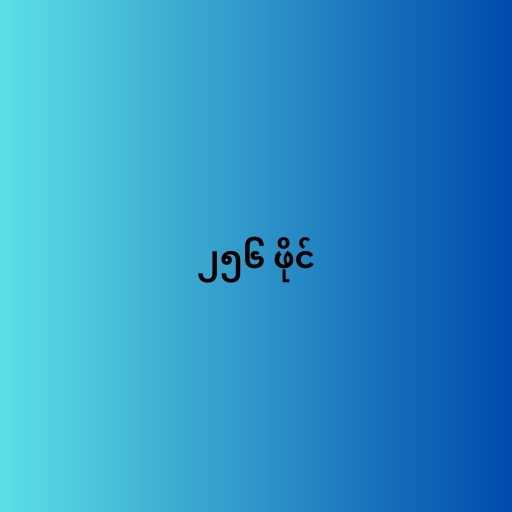
၂၅၆ ဖိုင်